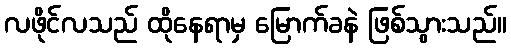
လဖိုင်လသည် ထိုနေရာမှ မြောက်ခနဲ ဖြစ်သွားသည်။